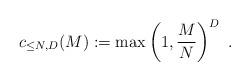
LaTeX: \begin{align*}c_{\leq N,D}(M):= \max \left( 1,\frac{M}{N} \right)^{D}~.\end{align*}